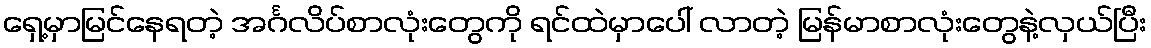
ရှေ့မှာမြင်နေရတဲ့ အင်္ဂလိပ်စာလုံးတွေကို ရင်ထဲမှာပေါ် လာတဲ့ မြန်မာစာလုံးတွေနဲ့လှယ်ပြီး